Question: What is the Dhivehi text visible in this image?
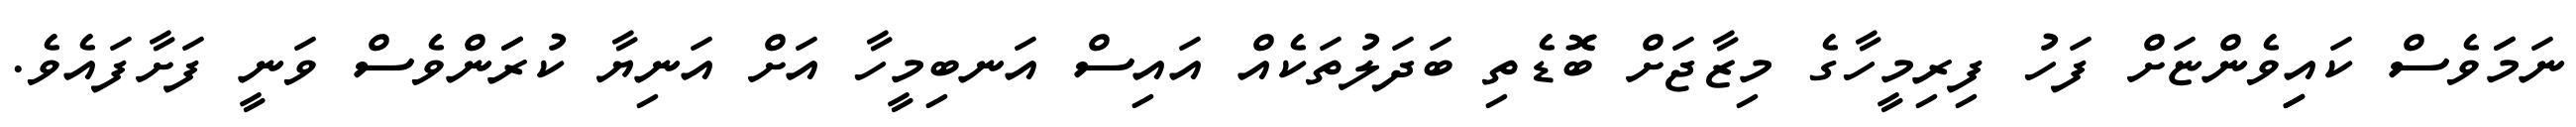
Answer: ނަމަަވެސް ކައިިވެންޏަށް ފަހު ފިރިމީހާގެ މިޒާޖަށް ބޮޑެތި ބަދަލުތަކެއް އައިސް އަނބިމީހާ އަށް އަނިޔާ ކުރަަންވެސް ވަނީ ފަށާފައެވެ.